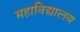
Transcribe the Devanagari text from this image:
महाविद्यालय